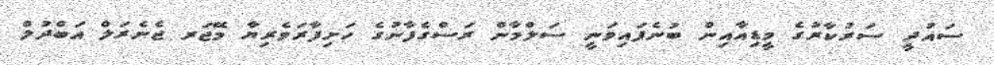
ސައުދީ ސަރުކާރުގެ މީޑިއާއިން ބުނެފައިވަނީ ސަލްމާން ރަސްގެފާނުގެ ހަށިފާރަވެރިޔާ މޭޖަރ ޖެނެރަލް އަބްދުލް